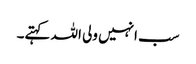
سب انہیں ولی اللہ کہتے۔